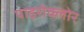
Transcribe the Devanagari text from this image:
पाइरोक्लोर